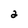
Character: 2